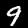
Digit: 9